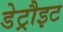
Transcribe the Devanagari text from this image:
डेट्रौइट